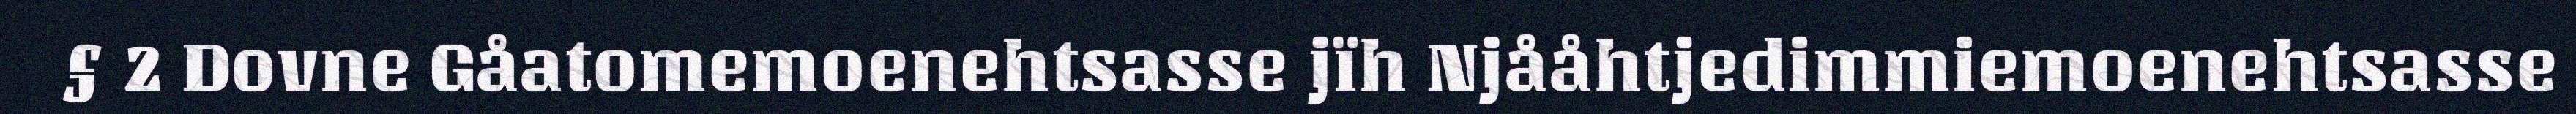
§ 2 Dovne Gåatomemoenehtsasse jïh Njååhtjedimmiemoenehtsasse